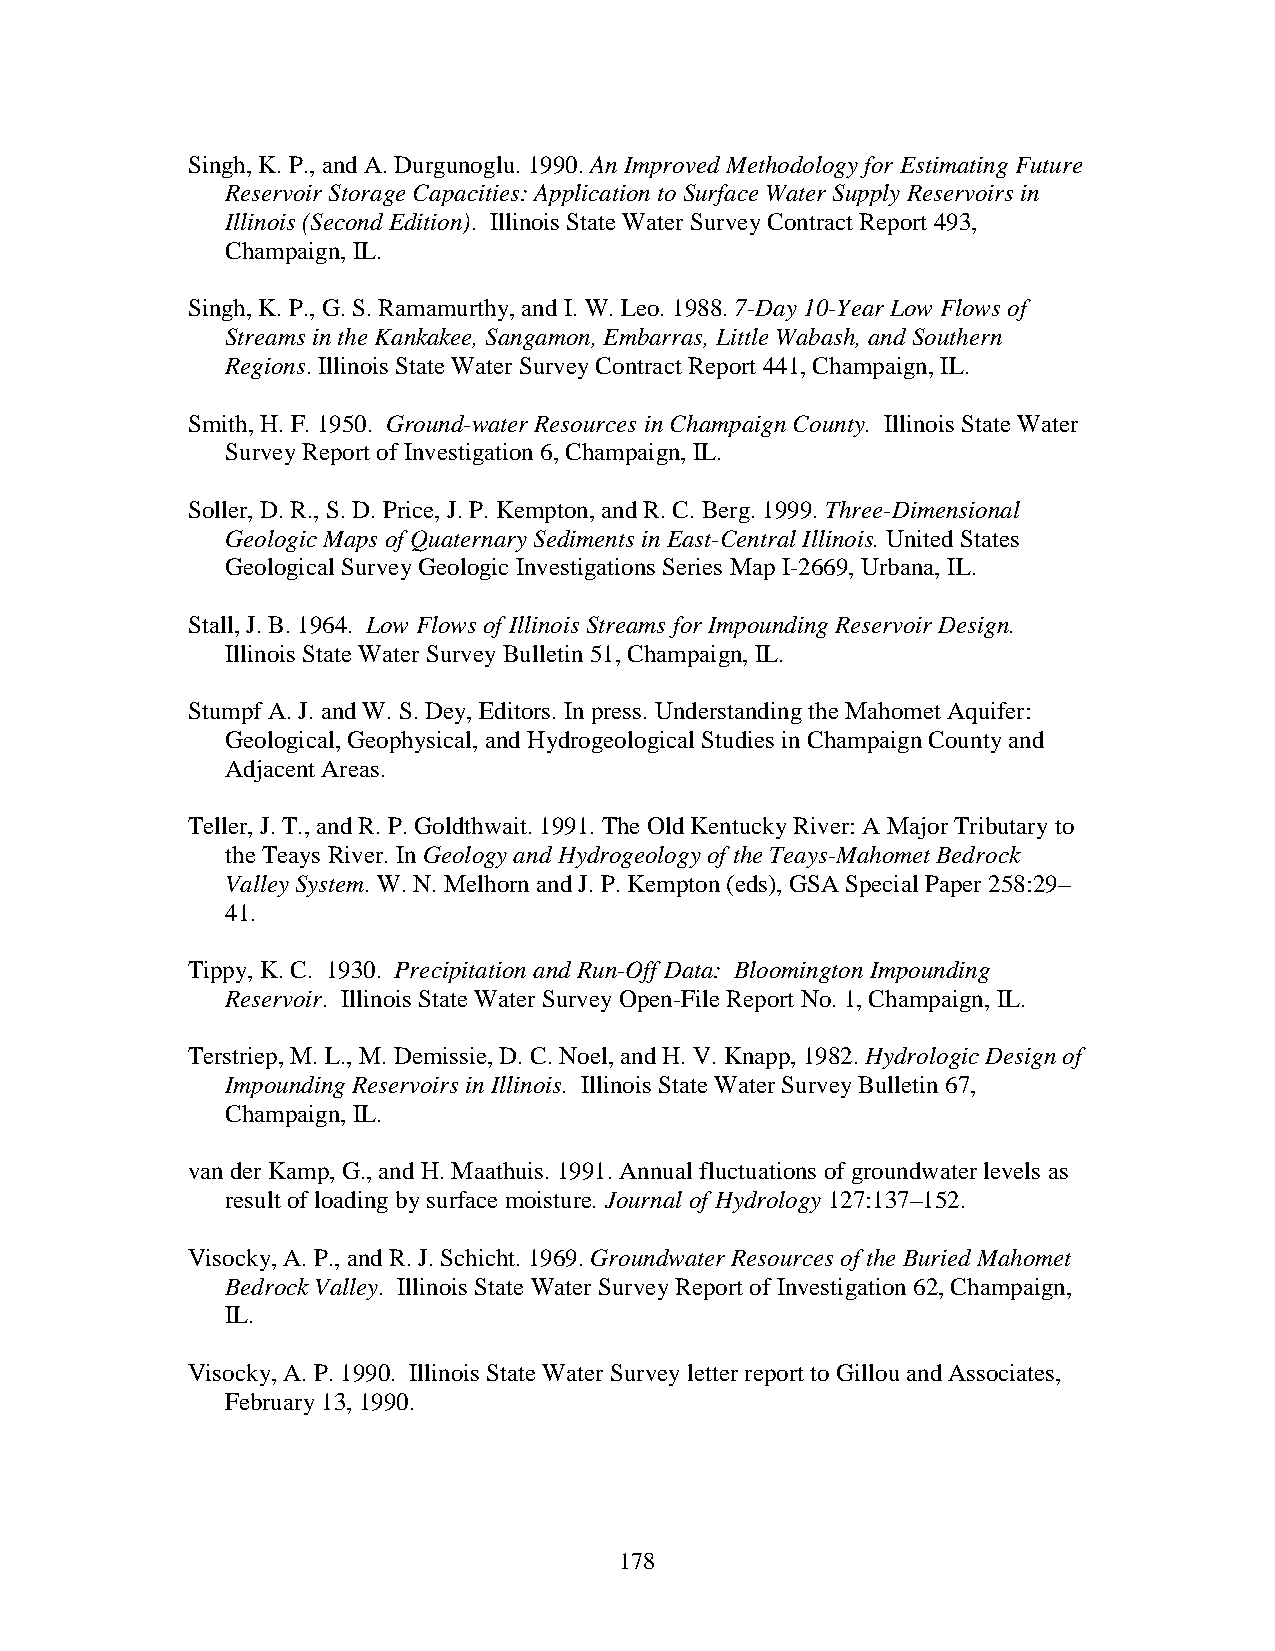
Singh, K. P., and A. Durgunoglu. 1990. An Improved Methodology for Estimating Future
 Reservoir Storage Capacities: Application to Surface Water Supply Reservoirs in
 Illinois (Second Edition). Illinois State Water Survey Contract Report 493,
 Champaign, IL.
 Singh, K. P., G. S. Ramamurthy, and I. W. Leo. 1988. 7-Day 10-Year Low Flows of
 Streams in the Kankakee, Sangamon, Embarras, Little Wabash, and Southern
 Regions. Illinois State Water Survey Contract Report 441, Champaign, IL.
 Smith, H. F. 1950. Ground-water Resources in Champaign County. Illinois State Water
 Survey Report of Investigation 6, Champaign, IL.
 Soller, D. R., S. D. Price, J. P. Kempton, and R. C. Berg. 1999. Three-Dimensional
 Geologic Maps of Quaternary Sediments in East-Central Illinois. United States
 Geological Survey Geologic Investigations Series Map I-2669, Urbana, IL.
 Stall, J. B. 1964. Low Flows of Illinois Streams for Impounding Reservoir Design.
 Illinois State Water Survey Bulletin 51, Champaign, IL.
 Stumpf A. J. and W. S. Dey, Editors. In press. Understanding the Mahomet Aquifer:
 Geological, Geophysical, and Hydrogeological Studies in Champaign County and
 Adjacent Areas.
 Teller, J. T., and R. P. Goldthwait. 1991. The Old Kentucky River: A Major Tributary to
 the Teays River. In Geology and Hydrogeology of the Teays-Mahomet Bedrock
 Valley System. W. N. Melhorn and J. P. Kempton (eds), GSA Special Paper 258:29–
 41.
 Tippy, K. C. 1930. Precipitation and Run-Off Data: Bloomington Impounding
 Reservoir. Illinois State Water Survey Open-File Report No. 1, Champaign, IL.
 Terstriep, M. L., M. Demissie, D. C. Noel, and H. V. Knapp, 1982. Hydrologic Design of
 Impounding Reservoirs in Illinois. Illinois State Water Survey Bulletin 67,
 Champaign, IL.
 van der Kamp, G., and H. Maathuis. 1991. Annual fluctuations of groundwater levels as
 result of loading by surface moisture. Journal of Hydrology 127:137–152.
 Visocky, A. P., and R. J. Schicht. 1969. Groundwater Resources of the Buried Mahomet
 Bedrock Valley. Illinois State Water Survey Report of Investigation 62, Champaign,
 IL.
 Visocky, A. P. 1990. Illinois State Water Survey letter report to Gillou and Associates,
 February 13, 1990.
 178